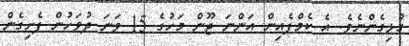
ގުޅިގެންނެވެ. އެ ކެމްޕެއިން އަންނަ ޖޫން މަހުގެ 15 ވަނަ ދުވަހުން ފެށިގެން